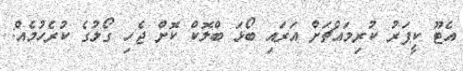
އެޓޫ ކީޕަރު ކުރިމައްޗަށް އަރައި ބޯޅަ ބްލޮކް ކޮށް ޖެހި ގޯލުގެ ކުރެހުމެއް: